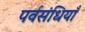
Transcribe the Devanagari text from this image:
पर्वसंधियाँ